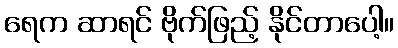
ရေက ဆာရင် ဗိုက်ဖြည့် နိုင်တာပေါ့။